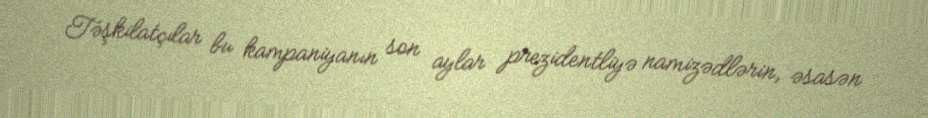
Təşkilatçılar bu kampaniyanın son aylar prezidentliyə namizədlərin, əsasən